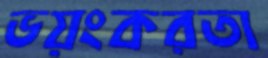
ভয়ংকরতা